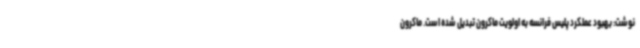
نوشت: بهبود عملکرد پلیس فرانسه به اولویت ماکرون تبدیل شده است. ماکرون